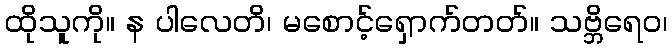
ထိုသူကို။ န ပါလေတိ၊ မစောင့်ရှောက်တတ်။ သဗ္ဘိရေဝ၊